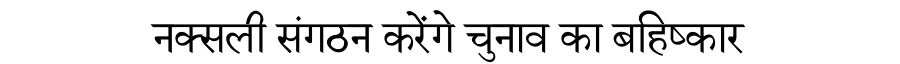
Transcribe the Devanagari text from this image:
नक्सली संगठन करेंगे चुनाव का बहिष्कार